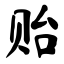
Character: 贻